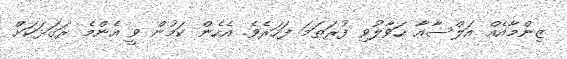
ޒިންމާއެއް އަލްސާއާ ހަވާލުވި ފުރަތަމަ ފަހަރެވެ. އެހެން ކަމުން ވީ އެންމެ ރަގަޅަކަށް